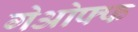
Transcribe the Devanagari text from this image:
गेओफ्फ